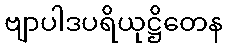
ဗျာပါဒပရိယုဋ္ဌိတေန